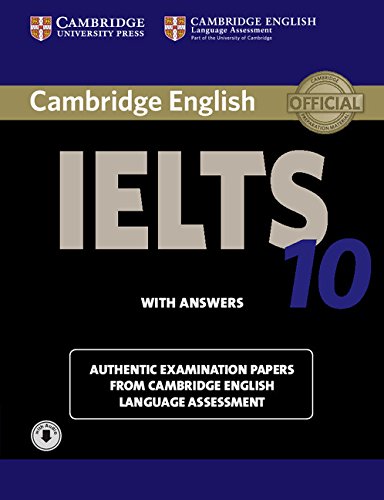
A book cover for Cambridge IELTS 10 Student's Book with Answers with Audio: Authentic Examination Papers from Cambridge English Language Assessment (IELTS Practice Tests); Cambridge Eng Lang Assessment; Reference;